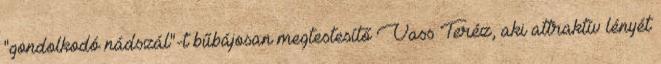
"gondolkodó nádszál"-t bűbájosan megtestesítő Vass Teréz, aki attraktív lényét